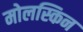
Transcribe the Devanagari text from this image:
मोलस्किन